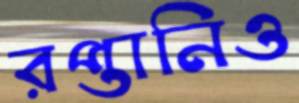
রপ্তানিও